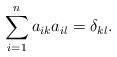
LaTeX: \begin{align*} \sum_{i=1}^na_{ik}a_{il}=\delta_{kl}.\end{align*}